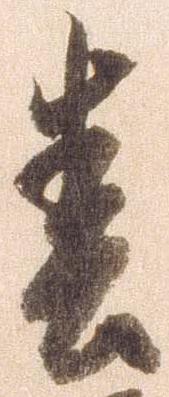
春